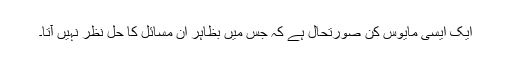
ایک ایسی مایوس کن صورتحال ہے کہ جس میں بظاہر اِن مسائل کا حل نظر نہیں آتا۔